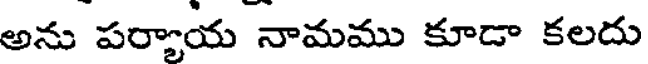
అను పర్యాయ నామము కూడా కలదు